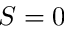
S = 0